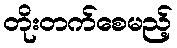
တိုးတက်စေမည့်